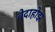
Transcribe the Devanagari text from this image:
बेदाहोझ